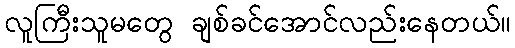
လူကြီးသူမတွေ ချစ်ခင်အောင်လည်းနေတယ်။